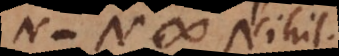
N − N # Nihil.